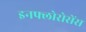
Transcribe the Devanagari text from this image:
इनफ्लोरोसेंस